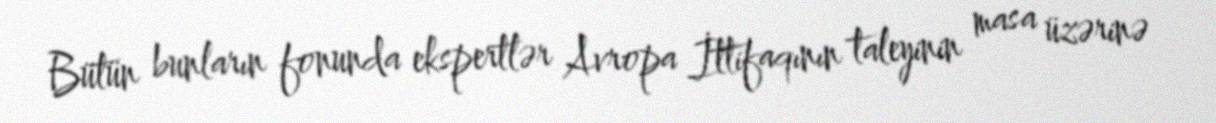
Bütün bunların fonunda ekspertlər Avropa İttifaqının taleyinin masa üzərinə